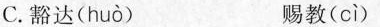
C.豁达( huò ) 赐教( cì )